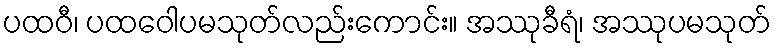
ပထဝီ၊ ပထဝေါပမသုတ်လည်းကောင်း။ အဿုခီရံ၊ အဿုပမသုတ်